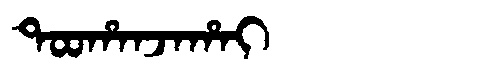
Manchu: ᡨᠣᠣᡥᠠᠨᠵᠠᡥᠠᡳ
Romanization: TOOHANJAHAI